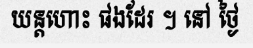
យន្តហោះ ផងដែរ ។ នៅ ថ្ងៃ